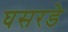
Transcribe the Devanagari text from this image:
घसरडे